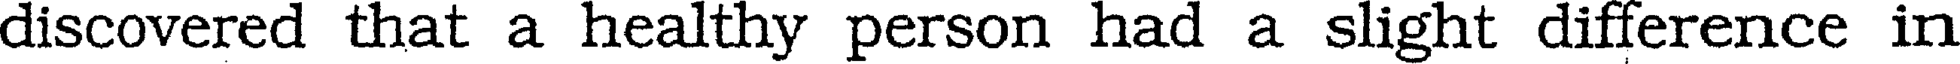
discovered that a healthy person had a slight difference in